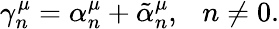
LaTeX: \gamma_{n}^{\mu}=\alpha_{n}^{\mu}+\tilde{\alpha}_{n}^{\mu},~~~n\neq 0.